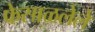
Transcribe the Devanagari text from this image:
फेसाळलेले